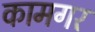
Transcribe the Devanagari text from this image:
कामगर